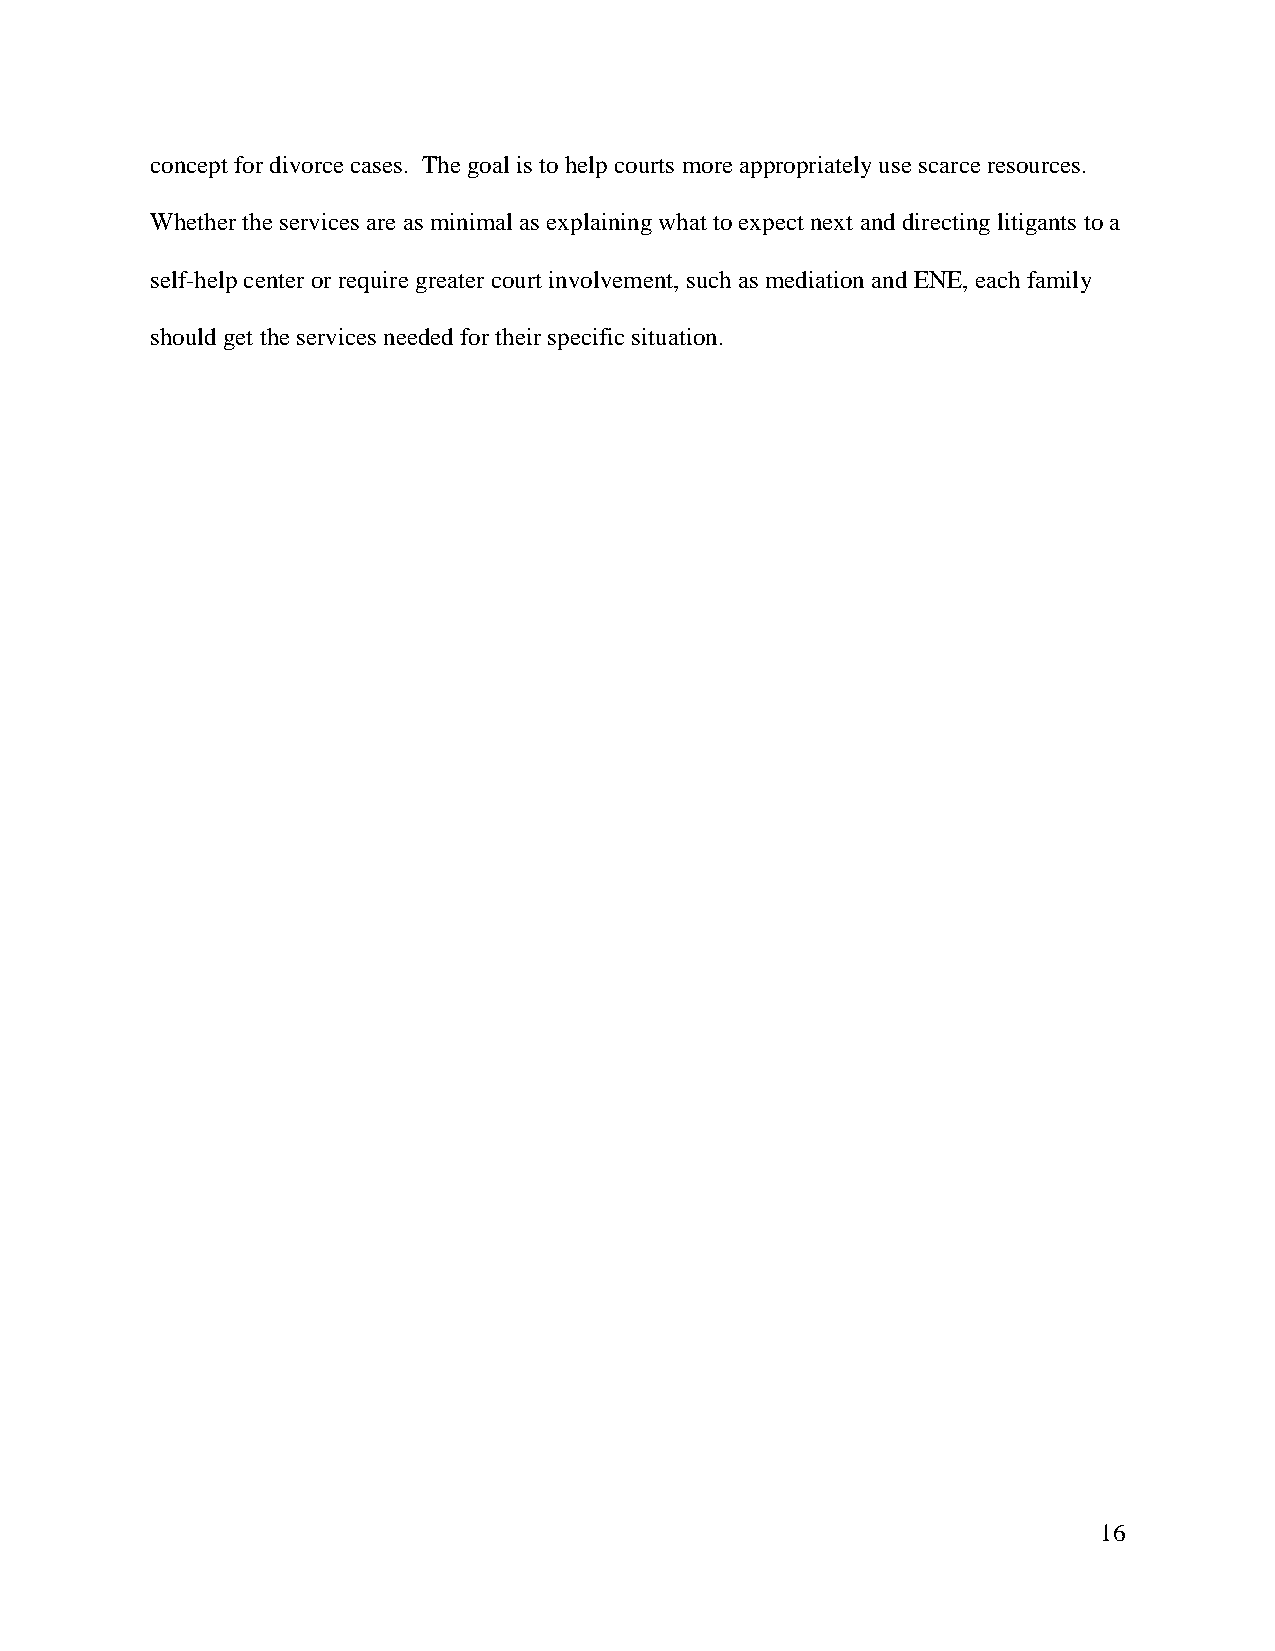
concept for divorce cases. The goal is to help courts more appropriately use scarce resources.
 Whether the services are as minimal as explaining what to expect next and directing litigants to a
 self-help center or require greater court involvement, such as mediation and ENE, each family
 should get the services needed for their specific situation.
 16